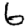
Digit: 6